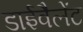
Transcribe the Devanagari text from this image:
डाईवैलेंट